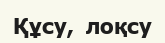
Құсу,  лоқсу